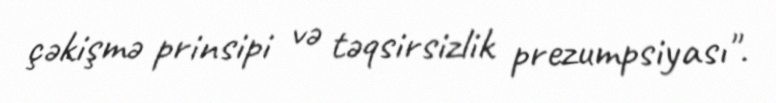
çəkişmə prinsipi və təqsirsizlik prezumpsiyası".